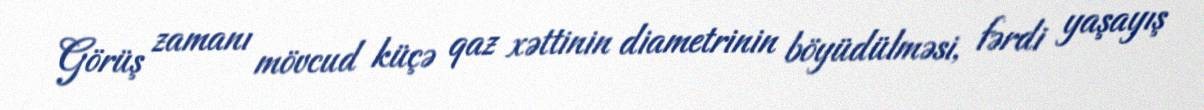
Görüş zamanı mövcud küçə qaz xəttinin diametrinin böyüdülməsi, fərdi yaşayış